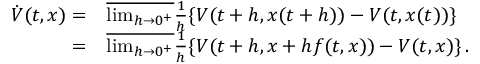
\begin{array} { r l } { \dot { V } ( t , x ) = } & { \overline { { \operatorname* { l i m } _ { h \rightarrow 0 ^ { + } } } } \frac { 1 } { h } \{ V ( t + h , x ( t + h ) ) - V ( t , x ( t ) ) \} } \\ { = } & { \overline { { \operatorname* { l i m } _ { h \rightarrow 0 ^ { + } } } } \frac { 1 } { h } \{ V ( t + h , x + h f ( t , x ) ) - V ( t , x ) \} \, . } \end{array}